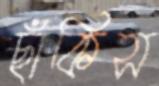
ছাঁকিস